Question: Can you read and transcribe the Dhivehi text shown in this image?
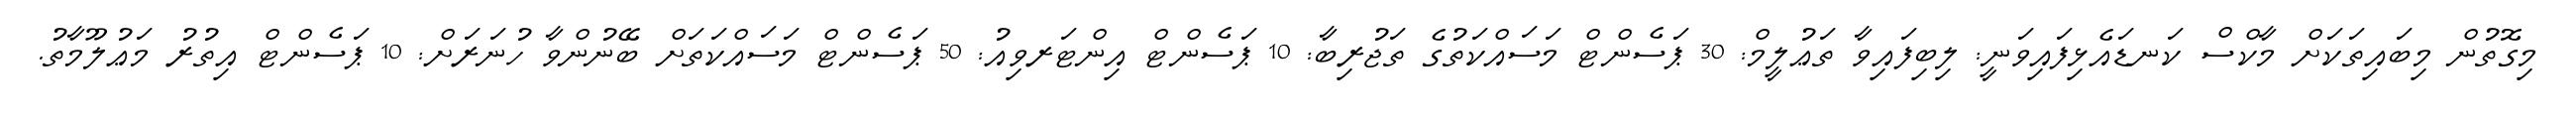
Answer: މިގޮތުން މިބައިތަކަށް މާކްސް ކަނޑައެޅިފައިވަނީ: ލިބިފައިވާ ތަޢުލީމް: 30 ޕަސެންޓް މަސައްކަތުގެ ތަޖުރިބާ: 10 ޕަސެންޓް އިންޓަރވިއު: 50 ޕަސެންޓް މަސައްކަތަށް ބޭނުންވާ ހުނަރަށް: 10 ޕަސެންޓް އިތުރު މަޢުލޫމާތު.